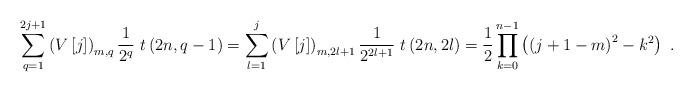
LaTeX: \begin{align*}\sum_{q=1}^{2j+1}\left( V\left[ j\right] \right) _{m,q}\frac{1}{2^{q}}~t\left( 2n,q-1\right) =\sum_{l=1}^{j}\left( V\left[ j\right] \right)_{m,2l+1}\frac{1}{2^{2l+1}}~t\left( 2n,2l\right) =\frac{1}{2}\prod\limits_{k=0}^{n-1}\left( \left( j+1-m\right) ^{2}-k^{2}\right) \ .\end{align*}